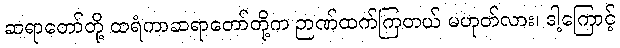
ဆရာတော်တို့ ထရံကာဆရာတော်တို့က ဉာဏ်ထက်ကြတယ် မဟုတ်လား၊ ဒါ့ကြောင့်